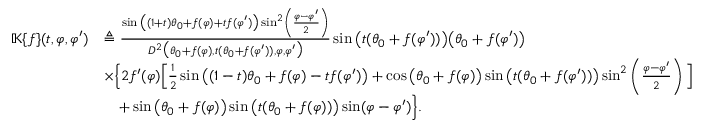
\begin{array} { r l } { \mathbb { K } \{ f \} ( t , \varphi , \varphi ^ { \prime } ) } & { \triangleq \frac { \sin \big ( ( 1 + t ) \theta _ { 0 } + f ( \varphi ) + t f ( \varphi ^ { \prime } ) \big ) \sin ^ { 2 } \left( \frac { \varphi - \varphi ^ { \prime } } { 2 } \right) } { D ^ { 2 } \big ( \theta _ { 0 } + f ( \varphi ) , t ( \theta _ { 0 } + f ( \varphi ^ { \prime } ) ) , \varphi , \varphi ^ { \prime } \big ) } \sin \big ( t ( \theta _ { 0 } + f ( \varphi ^ { \prime } ) ) \big ) \big ( \theta _ { 0 } + f ( \varphi ^ { \prime } ) \big ) } \\ & { \times \Big \{ 2 f ^ { \prime } ( \varphi ) \Big [ \frac { 1 } { 2 } \sin \big ( ( 1 - t ) \theta _ { 0 } + f ( \varphi ) - t f ( \varphi ^ { \prime } ) \big ) + \cos \big ( \theta _ { 0 } + f ( \varphi ) \big ) \sin \big ( t ( \theta _ { 0 } + f ( \varphi ^ { \prime } ) ) \big ) \sin ^ { 2 } \left( \frac { \varphi - \varphi ^ { \prime } } { 2 } \right) \Big ] } \\ & { \quad + \sin \big ( \theta _ { 0 } + f ( \varphi ) \big ) \sin \big ( t ( \theta _ { 0 } + f ( \varphi ) ) \big ) \sin ( \varphi - \varphi ^ { \prime } ) \Big \} . } \end{array}